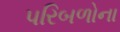
પરિબળોના